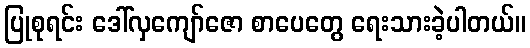
ပြုစုရင်း ဒေါ်လှကျော်ဇော စာပေတွေ ရေးသားခဲ့ပါတယ်။